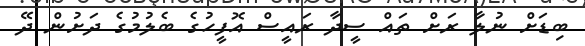
ބިޑަށް ނުލާ ރަށް ތައް ސީދާ ރައީސް އޮފީހުގެ ބެލުމުގެ ދަށުން ދޭ